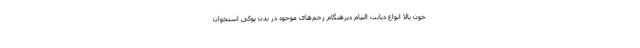
خون بالا انواع دیابت التیام دیرهنگام زخم‌های موجود در بدن پوکی استخوان